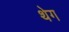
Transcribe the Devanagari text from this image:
थेग